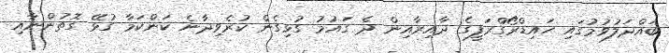
ބައްދަލުވުމުގައި ހައިޑްރޯގްރަފީގެ ދާއިރާއިން ދެ ގައުމު ގުޅިގެން ކުރެވިދާނެ ކަންކަމާ ގުޅޭ ގޮތުންނާއި